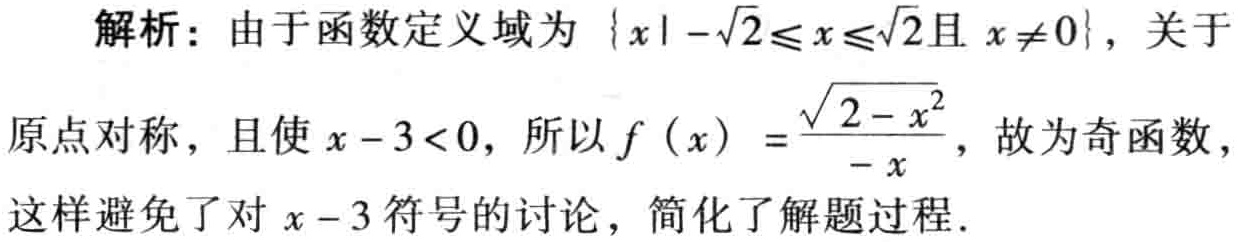
解析：由于函数定义域为\(\{x\mid -\sqrt{2}\leq x\leq\sqrt{2}且 x\neq0\}\)，关于

原点对称，且使\(x - 3 < 0\)，所以\(f(x)=\frac{\sqrt{2 - x^{2}}}{-x}\)，故为奇函数，

这样避免了对\(x - 3\)符号的讨论，简化解题过程.